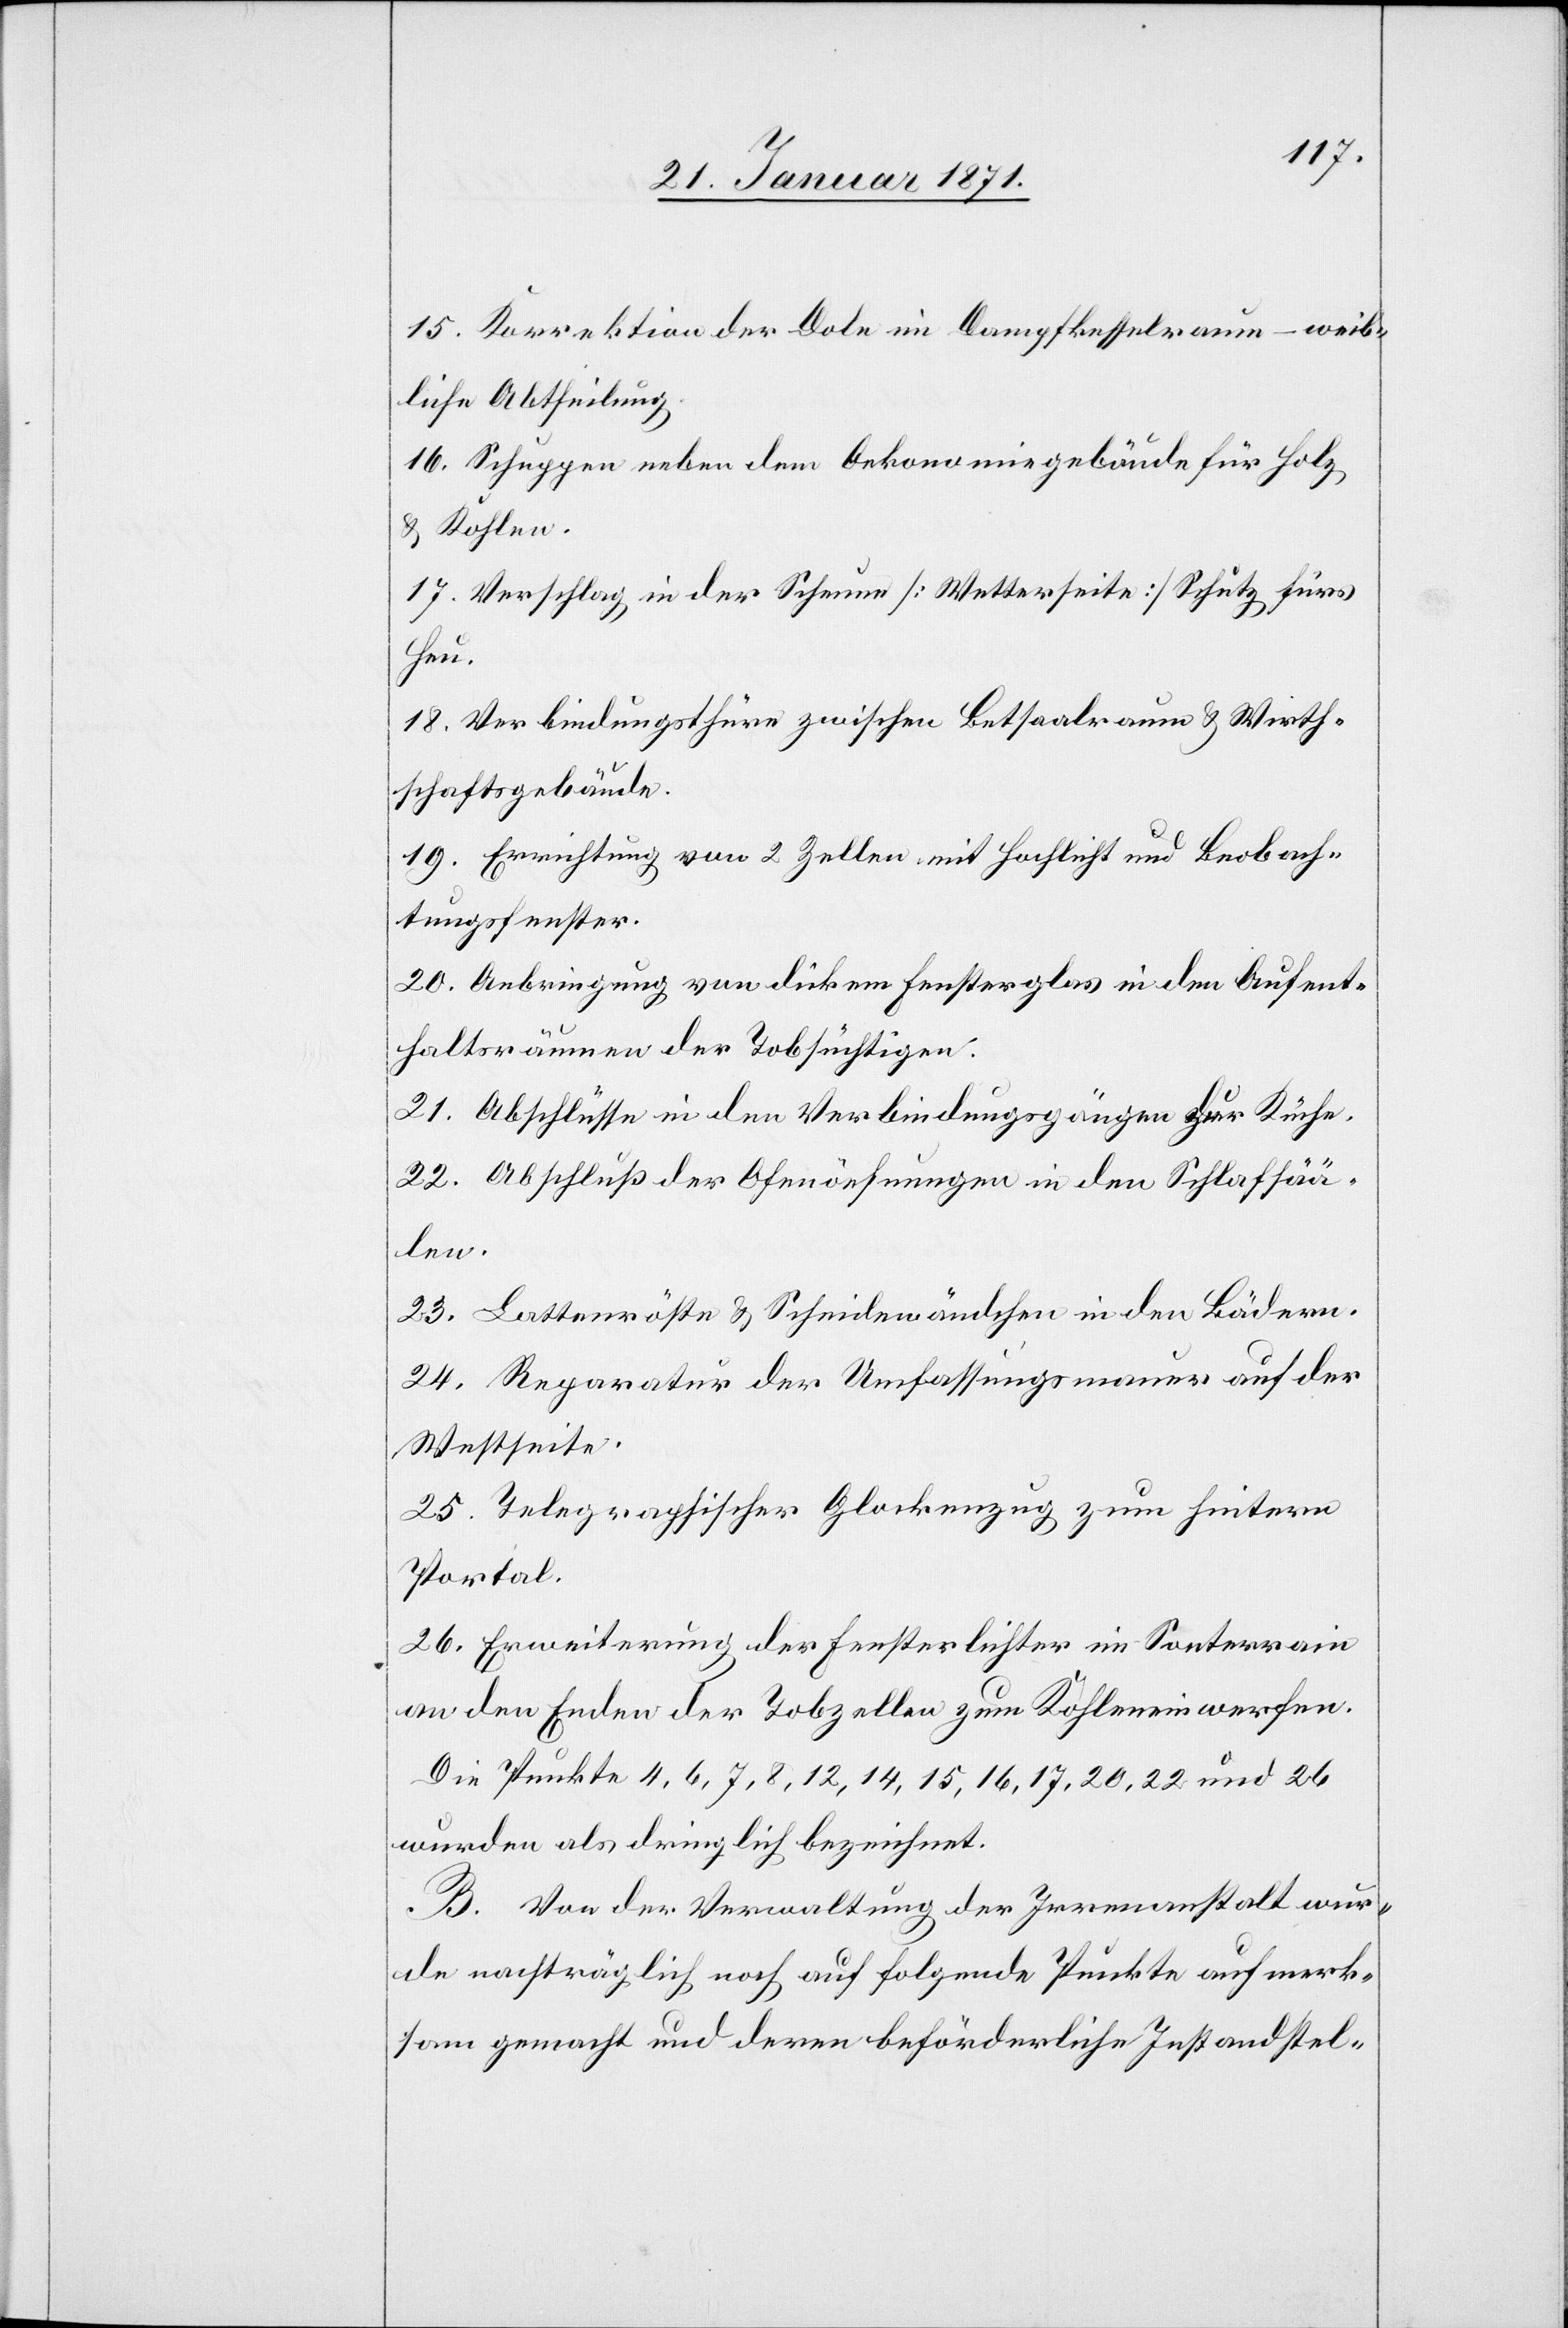
15. Korrektion der Dole im Dampfkesselraum – weib¬
liche Abtheilung.
16. Schuppen neben dem Oekonomiegebäude für Holz
u. Kohlen.
17. Verschlag in der Scheune [Wetterseite] Schutz fürs
Heu.
18. Verbindungsthüre zwischen Betsaalraum u. Wirt¬
schaftsgebäude.
19. Errichtung von 2 Zellen mit Hochlicht und Beobach¬
tungsfenster.
20. Anbringung von dickem Fensterglas in den Aufent¬
haltsräumen der Tobsüchtigen.
21. Abschlüsse in den Verbindungsgängen zur Kirche.
22. Abschluß der Ofenöefnungen [sic!] in den Schlafsää¬
len.
23. Lattenröste u. Scheidewändchen in den Bädern.
24. Reparatur der Umfassungsmauer auf der
Westseite.
25. Telegraphischer Glockenzug zum hintern
Portal.
26. Erweiterung der Fensterlichter im Sonterrain
an den Enden der Tobzellen zum Kohleneinwerfen.
Die Punkte 4, 6, 7, 8, 12, 14, 15, 16, 17, 20, 22 und 26
wurden als dringlich bezeichnet.
B. Von der Verwaltung der Irrenanstalt wur¬
de nachträglich noch auf folgende Punkte aufmerk¬
sam gemacht und deren beförderliche Instandstel-